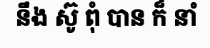
នឹង ស៊ូ ពុំ បាន ក៏ នាំ